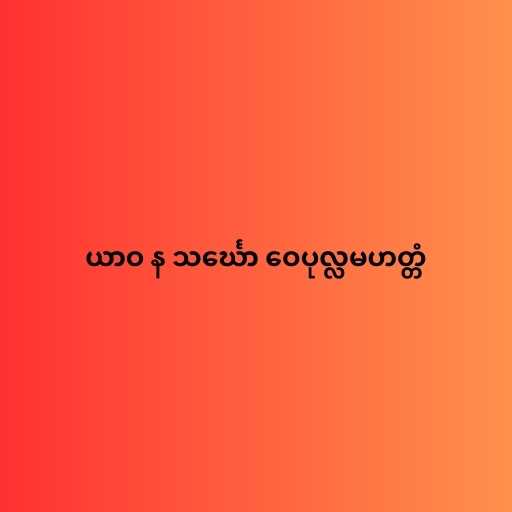
ယာဝ န သင်္ဃော ဝေပုလ္လမဟတ္တံ